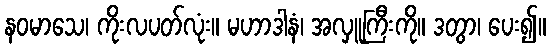
နဝမာသေ၊ ကိုးလပတ်လုံး။ မဟာဒါနံ၊ အလှူကြီးကို။ ဒတွာ၊ ပေး၍။